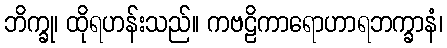
ဘိက္ခု၊ ထိုရဟန်းသည်။ ကဗဠိကာရောဟာရဘက္ခာနံ၊